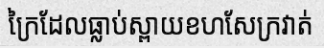
ក្រៃដែលធ្លាប់ស្ពាយខហសែក្រវាត់